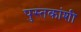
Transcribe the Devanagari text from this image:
पुस्तकांशी